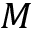
M